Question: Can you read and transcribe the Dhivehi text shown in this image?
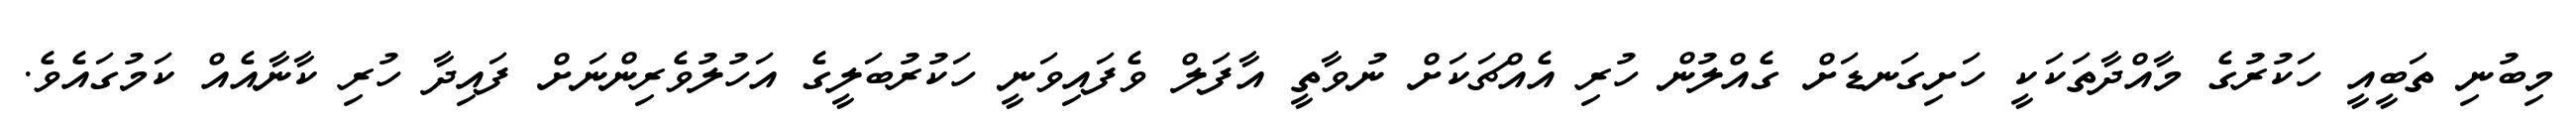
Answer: މިބުނި ތަބީއީ ހަކުރުގެ މާއްދާތަކަކީ ހަށިގަނޑަށް ގެއްލުން ހުރި އެއްޗަކަށް ނުވާތީ އާފަލް ވެފައިވަނީ ހަކުރުބަލީގެ އަހުލުވެރިންނަށް ފައިދާ ހުރި ކާނާއެއް ކަމުގައެވެ.